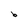
Character: b